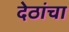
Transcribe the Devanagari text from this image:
देठांचा